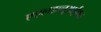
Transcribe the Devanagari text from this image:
एएलडब्लूआईएल